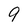
Character: 9